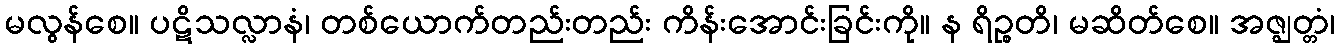
မလွန်စေ။ ပဋိသလ္လာနံ၊ တစ်ယောက်တည်းတည်း ကိန်းအောင်းခြင်းကို။ န ရိဉ္စတိ၊ မဆိတ်စေ။ အဇ္ဈတ္တံ၊